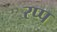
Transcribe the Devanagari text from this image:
रप्प